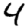
Digit: 4